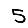
Digit: 5